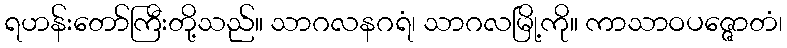
ရဟန်းတော်ကြီးတို့သည်။ သာဂလနဂရံ၊ သာဂလမြို့ကို။ ကာသာဝပဇ္ဇောတံ၊